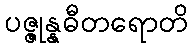
ပဇ္ဇုန္နဓီတရောတိ